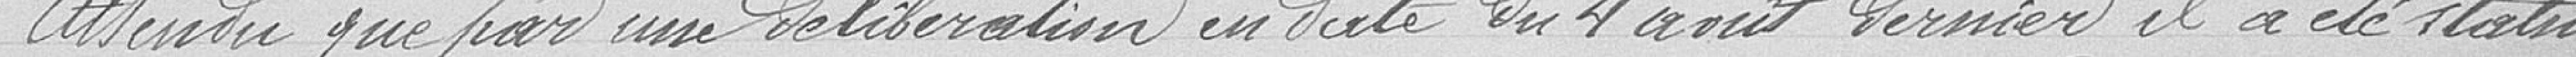
Attendu que par une délibération en date du 4 avril dernier il a été statué